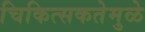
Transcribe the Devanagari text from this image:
चिकित्सकतेमुळे